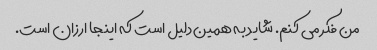
من فکر می کنم. شاید به همین دلیل است که اینجا ارزان است.